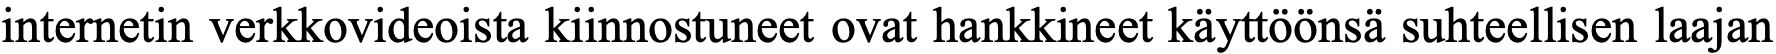
internetin verkkovideoista kiinnostuneet ovat hankkineet käyttöönsä suhteellisen laajan